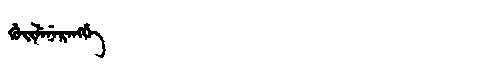
Manchu: ᡤᡠᡳᠯᡝᠨᡝᡵᡝᠩᡤᡝ
Romanization: GUILENERENGGE